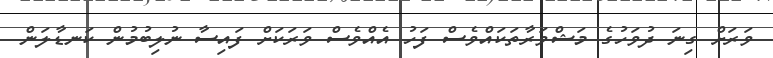
ވަރަށް ގިނަ ދުވަހުގެ މަޝްވަރާތަކައްވެސް ފަހު އެއްވެސް ވަރަކަށް ފައިސާ ނުލިބުމުން ކަނޑާލަން